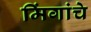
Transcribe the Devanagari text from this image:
मिंगांचे